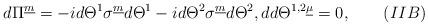
LaTeX: \begin{align*}d\Pi^{\underline m}=-id\Theta^1\sigma^{\underline m}d\Theta^1-id\Theta^2\sigma^{\underline m}d\Theta^2, dd\Theta^{1,2\underline\mu}=0,\qquad(IIB)\end{align*}